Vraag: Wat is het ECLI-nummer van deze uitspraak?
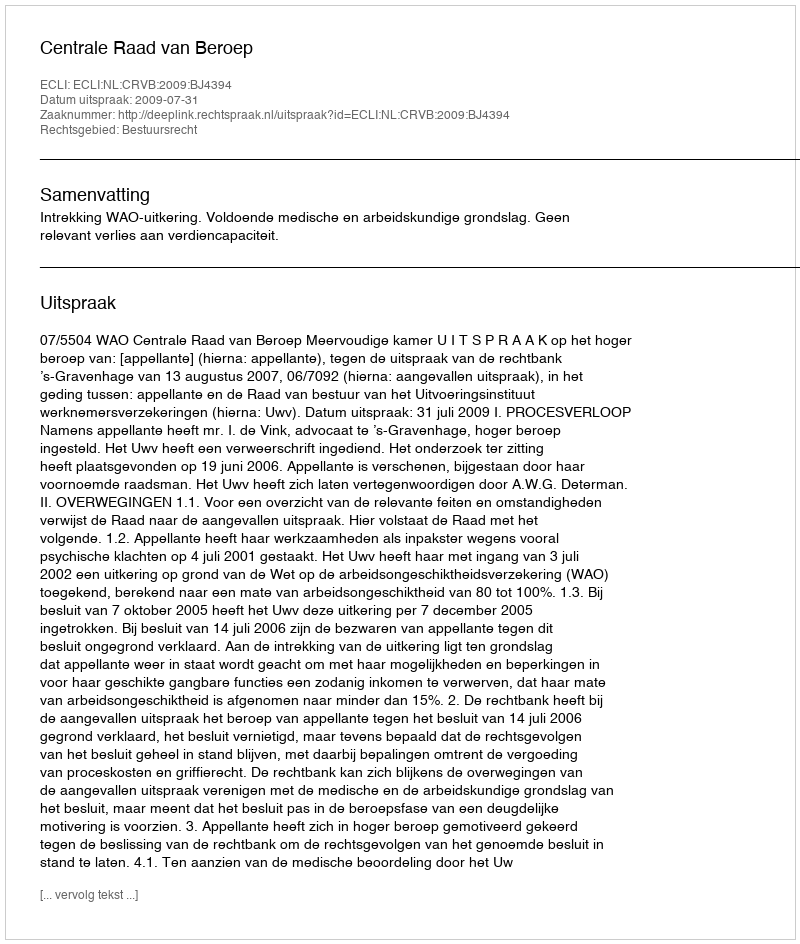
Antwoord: ECLI:NL:CRVB:2009:BJ4394